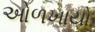
ઓળખાયો